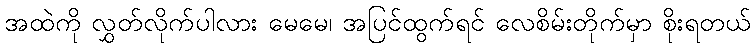
အထဲကို လွှတ်လိုက်ပါလား မေမေ၊ အပြင်ထွက်ရင် လေစိမ်းတိုက်မှာ စိုးရတယ်